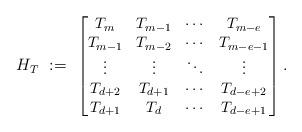
LaTeX: \begin{align*}H_T \,\, := \,\, \begin{small}\begin{bmatrix}T_m & T_{m-1} & \cdots & T_{m-e} \\T_{m-1} & T_{m-2} & \cdots & T_{m-e-1} \\ \vdots & \vdots & \ddots & \vdots \\T_{d+2} & T_{d+1} & \cdots & T_{d-e+2} \\ T_{d+1} & T_{d} & \cdots & T_{d-e+1}\end{bmatrix}. \end{small}\end{align*}